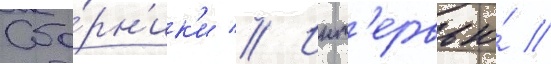
Сбо́рн'ик'и // Инт'ервью́ //